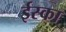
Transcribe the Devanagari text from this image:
ईस्का